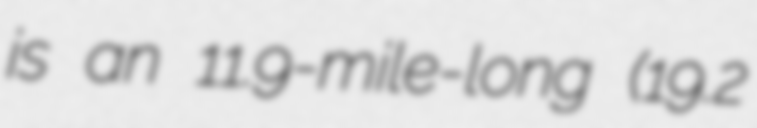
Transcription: is an 11.9-mile-long (19.2